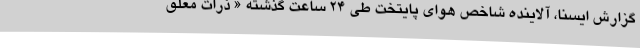
گزارش ایسنا، آلاینده شاخص هوای پایتخت طی 24 ساعت گذشته « ذرات معلق